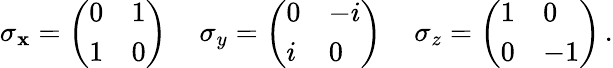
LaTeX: \sigma_{\mathbf{x}}={\left(\begin{array}{ll}{0}&{1}\\ {1}&{0}\end{array}\right)}\, \quad\sigma_{y}={\left(\begin{array}{ll}{0}&{-i}\\ {i}&{0}\end{array}\right)}\, \quad\sigma_{z}={\left(\begin{array}{ll}{1}&{0}\\ {0}&{-1}\end{array}\right)}\, .